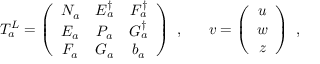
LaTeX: T _ { a } ^ { L } = \left( \begin{array} { c c c } { { N _ { a } } } & { { E _ { a } ^ { \dagger } } } & { { F _ { a } ^ { \dagger } } } \\ { { E _ { a } } } & { { P _ { a } } } & { { G _ { a } ^ { \dagger } } } \\ { { F _ { a } } } & { { G _ { a } } } & { { b _ { a } } } \end{array} \right) ~ , ~ ~ ~ ~ ~ v = \left( \begin{array} { c } { { u } } \\ { { w } } \\ { { z } } \end{array} \right) ~ ,